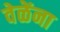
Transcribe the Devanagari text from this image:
वेळेंना